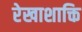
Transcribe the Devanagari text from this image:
रेखाशाक्ति